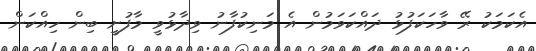
އެކަމަކު ރޭ ވާހަކަފުޅު ދައްކަވަމުން އެ މަނިކުފާނު ވިދާޅުވީ މާފުށީ ބިން ހިއްކަން